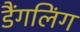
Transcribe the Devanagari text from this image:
डैंगलिंग